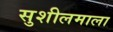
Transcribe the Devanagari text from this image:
सुशीलमाला